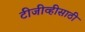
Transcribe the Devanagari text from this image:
टीजीव्हीसाठी